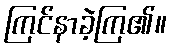
ကြင်နာခဲ့ကြ၏။